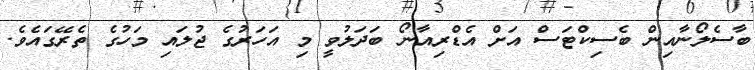
ބާސެލޯނާއިން ބެސިކްޓަސް އަށް އެޑްރިއާނޯ ބަދަލުވީ މި އަހަރުގެ ޖުލައި މަހުގެ ތެރޭގައެވެ.